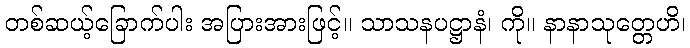
တစ်ဆယ့်ခြောက်ပါး အပြားအားဖြင့်။ သာသနပဋ္ဌာနံ၊ ကို။ နာနာသုတ္တေဟိ၊